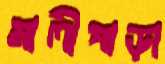
মালীপাড়া